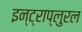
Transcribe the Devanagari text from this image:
इन्ट्राप्लुरल